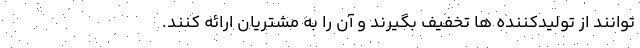
توانند از تولیدکننده ها تخفیف بگیرند و آن را به مشتریان ارائه کنند.